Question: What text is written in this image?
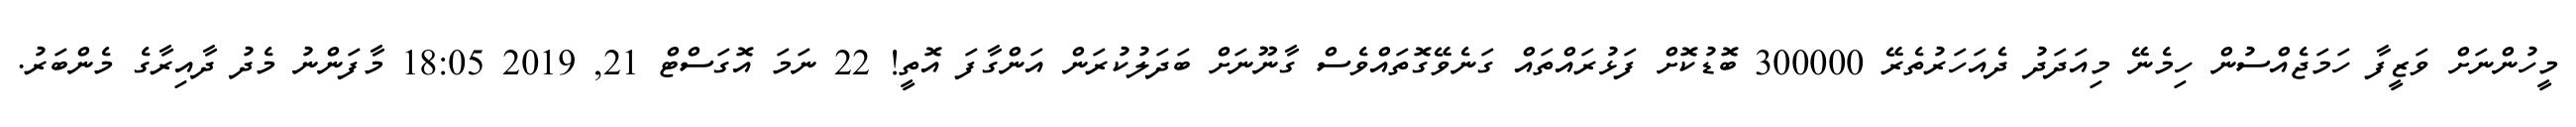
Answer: މީހުންނަށް ވަޒީފާ ހަމަޖެއްސުން ހިމެނޭ މިއަދަދު ދެއަހަރުތެރޭ 300000 ބޮޑުކޮށް ފަޅުރައްތައް ގަނެވޭގޮތައްވެސް ގާނޫނަށް ބަދަލުކުރަން އަންގާފަ އޮތީ! 22 ނަމަ އޮގަސްޓް 21, 2019 18:05 މާފަންނު މެދު ދާއިރާގެ މެންބަރު.